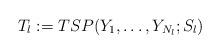
LaTeX: \begin{align*}T_l := TSP(Y_1,\ldots,Y_{N_l}; S_l)\end{align*}